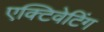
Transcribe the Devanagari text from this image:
एक्टिवेटिंग